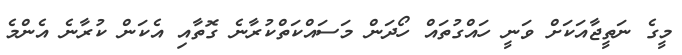
މީގެ ނަތީޖާއަކަށް ވަނީ ހައްގުތައް ހޯދަން މަސައްކަތްކުރާނެ ގޮތާއި އެކަން ކުރާނެ އެންމެ